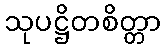
သုပဋ္ဌိတစိတ္တာ